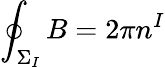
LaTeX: \oint_{\Sigma_{I}}B=2\pi{}n^{I}